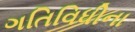
ગતિવિધીના